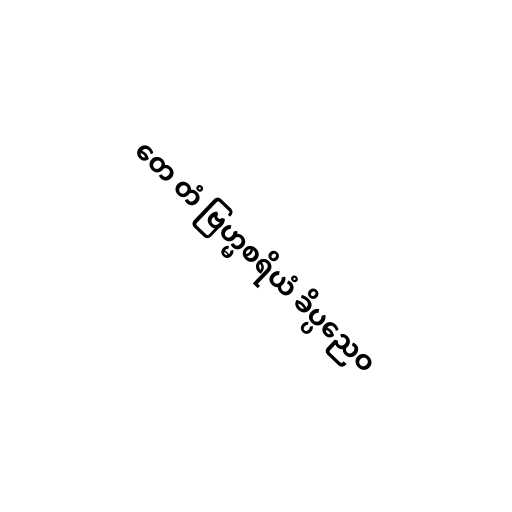
တေ တံ ဗြဟ္မစရိယံ ခိပ္ပညေဝ